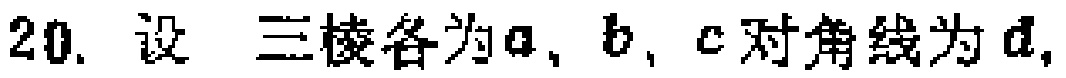
20. 设 三棱各为\(a\)、\(b\)、\(c\)对角线为\(d\)，